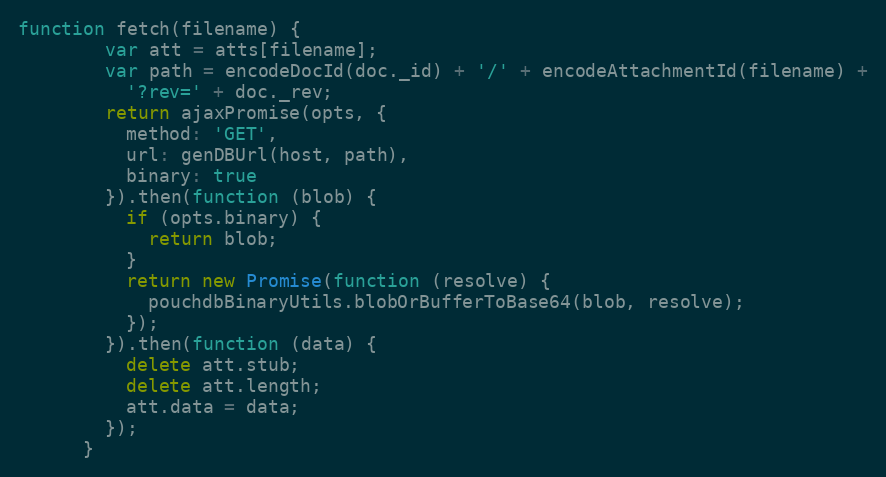
Language: JavaScript
function fetch(filename) {
        var att = atts[filename];
        var path = encodeDocId(doc._id) + '/' + encodeAttachmentId(filename) +
          '?rev=' + doc._rev;
        return ajaxPromise(opts, {
          method: 'GET',
          url: genDBUrl(host, path),
          binary: true
        }).then(function (blob) {
          if (opts.binary) {
            return blob;
          }
          return new Promise(function (resolve) {
            pouchdbBinaryUtils.blobOrBufferToBase64(blob, resolve);
          });
        }).then(function (data) {
          delete att.stub;
          delete att.length;
          att.data = data;
        });
      }